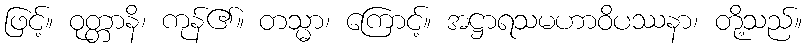
ဖြင့်။ ဝုတ္တာနိ၊ ကုန်၏။ တသ္မာ၊ ကြောင့်။ အဋ္ဌာရသမဟာဝိပဿနာ၊ တို့သည်။